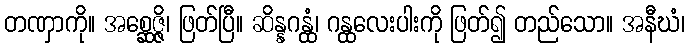
တဏှာကို။ အစ္ဆေဇ္ဇိ၊ ဖြတ်ပြီ။ ဆိန္နဂန္ထံ၊ ဂန္ထလေးပါးကို ဖြတ်၍ တည်သော။ အနီဃံ၊